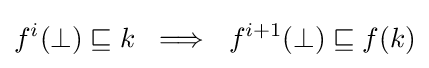
f^{i}(\bot )\sqsubseteq k~\implies ~f^{i+1}(\bot )\sqsubseteq f(k)